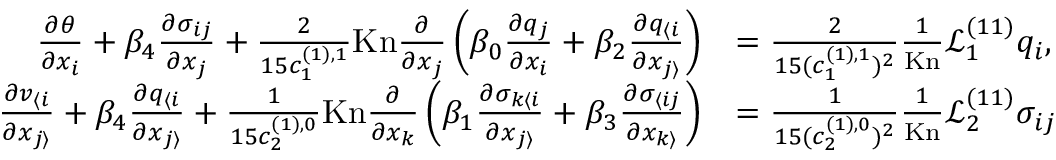
\begin{array} { r l } { \frac { \partial \theta } { \partial x _ { i } } + \beta _ { 4 } \frac { \partial \sigma _ { i j } } { \partial x _ { j } } + \frac { 2 } { 1 5 c _ { 1 } ^ { ( 1 ) , 1 } } \mathrm { K n } \frac { \partial } { \partial x _ { j } } \left( \beta _ { 0 } \frac { \partial q _ { j } } { \partial x _ { i } } + \beta _ { 2 } \frac { \partial q _ { \langle i } } { \partial x _ { j \rangle } } \right) } & { = \frac { 2 } { 1 5 ( c _ { 1 } ^ { ( 1 ) , 1 } ) ^ { 2 } } \frac { 1 } { \mathrm { K n } } \mathscr { L } _ { 1 } ^ { ( 1 1 ) } q _ { i } , } \\ { \frac { \partial v _ { \langle i } } { \partial x _ { j \rangle } } + \beta _ { 4 } \frac { \partial q _ { \langle i } } { \partial x _ { j \rangle } } + \frac { 1 } { 1 5 c _ { 2 } ^ { ( 1 ) , 0 } } \mathrm { K n } \frac { \partial } { \partial x _ { k } } \left( \beta _ { 1 } \frac { \partial \sigma _ { k \langle i } } { \partial x _ { j \rangle } } + \beta _ { 3 } \frac { \partial \sigma _ { \langle i j } } { \partial x _ { k \rangle } } \right) } & { = \frac { 1 } { 1 5 ( c _ { 2 } ^ { ( 1 ) , 0 } ) ^ { 2 } } \frac { 1 } { \mathrm { K n } } \mathscr { L } _ { 2 } ^ { ( 1 1 ) } \sigma _ { i j } } \end{array}